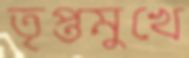
তৃপ্তমুখে